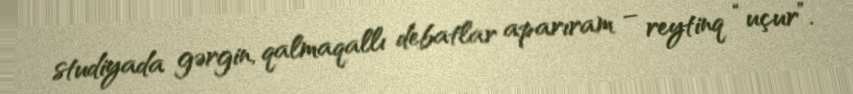
studiyada gərgin, qalmaqallı debatlar aparıram – reytinq “uçur”.